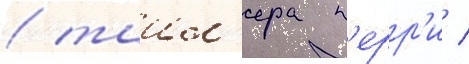
/ таил'ера п'ерр'и /